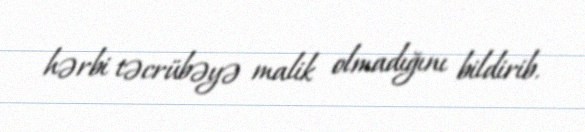
hərbi təcrübəyə malik olmadığını bildirib.